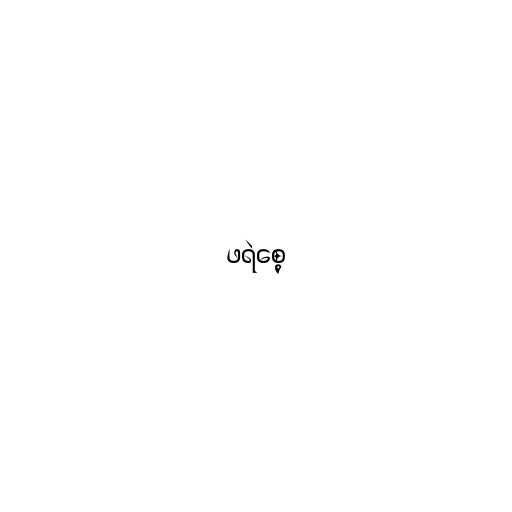
ဖရဲစေ့